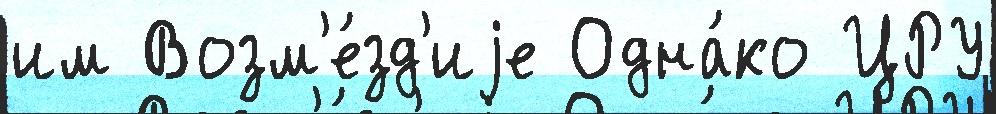
им Возм'е́зд'иjе Одна́ко ЦРУ